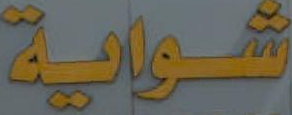
شواية